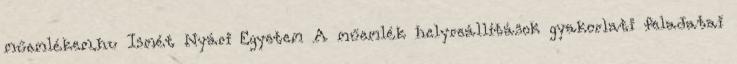
műemlékem.hu Ismét Nyári Egyetem A műemlék helyreállítások gyakorlati feladatai